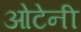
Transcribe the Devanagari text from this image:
ओटेनी